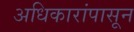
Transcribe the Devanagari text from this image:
अधिकारांपासून